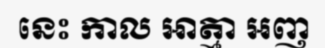
នេះ កាល អាត្មា អញ